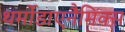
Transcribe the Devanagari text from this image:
थर्मोडाएनैमिक्स